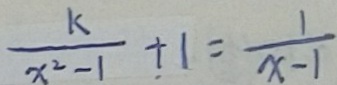
\frac { k } { x ^ { 2 } - 1 } + 1 = \frac { 1 } { x - 1 }